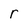
Character: r